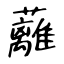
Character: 蘺